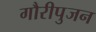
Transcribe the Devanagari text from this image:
गौरीपुजन